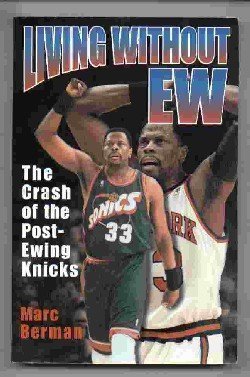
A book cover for Living Without EW; Marc Berman; Sports & Outdoors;